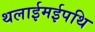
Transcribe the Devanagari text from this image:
थलाईमईपथि